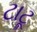
ટાટૂ